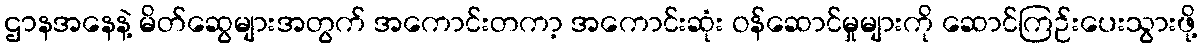
ဌာနအနေနဲ့ မိတ်ဆွေများအတွက် အကောင်းတကာ့ အကောင်းဆုံး ဝန်ဆောင်မှုများကို ဆောင်ကြဉ်းပေးသွားဖို့